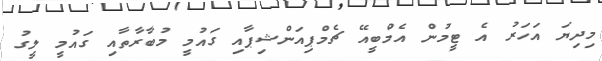
މިދިޔަ އަހަރު އެ ޓީމުން އެމްބީއޭ ޗެމްޕިއަންޝިޕާއި ގައުމީ މުބާރާތާއި ގައުމީ ލީގު